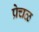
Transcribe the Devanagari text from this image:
प्रेचळ